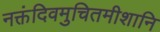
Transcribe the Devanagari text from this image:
नक्तंदिवमुचितमीशानि